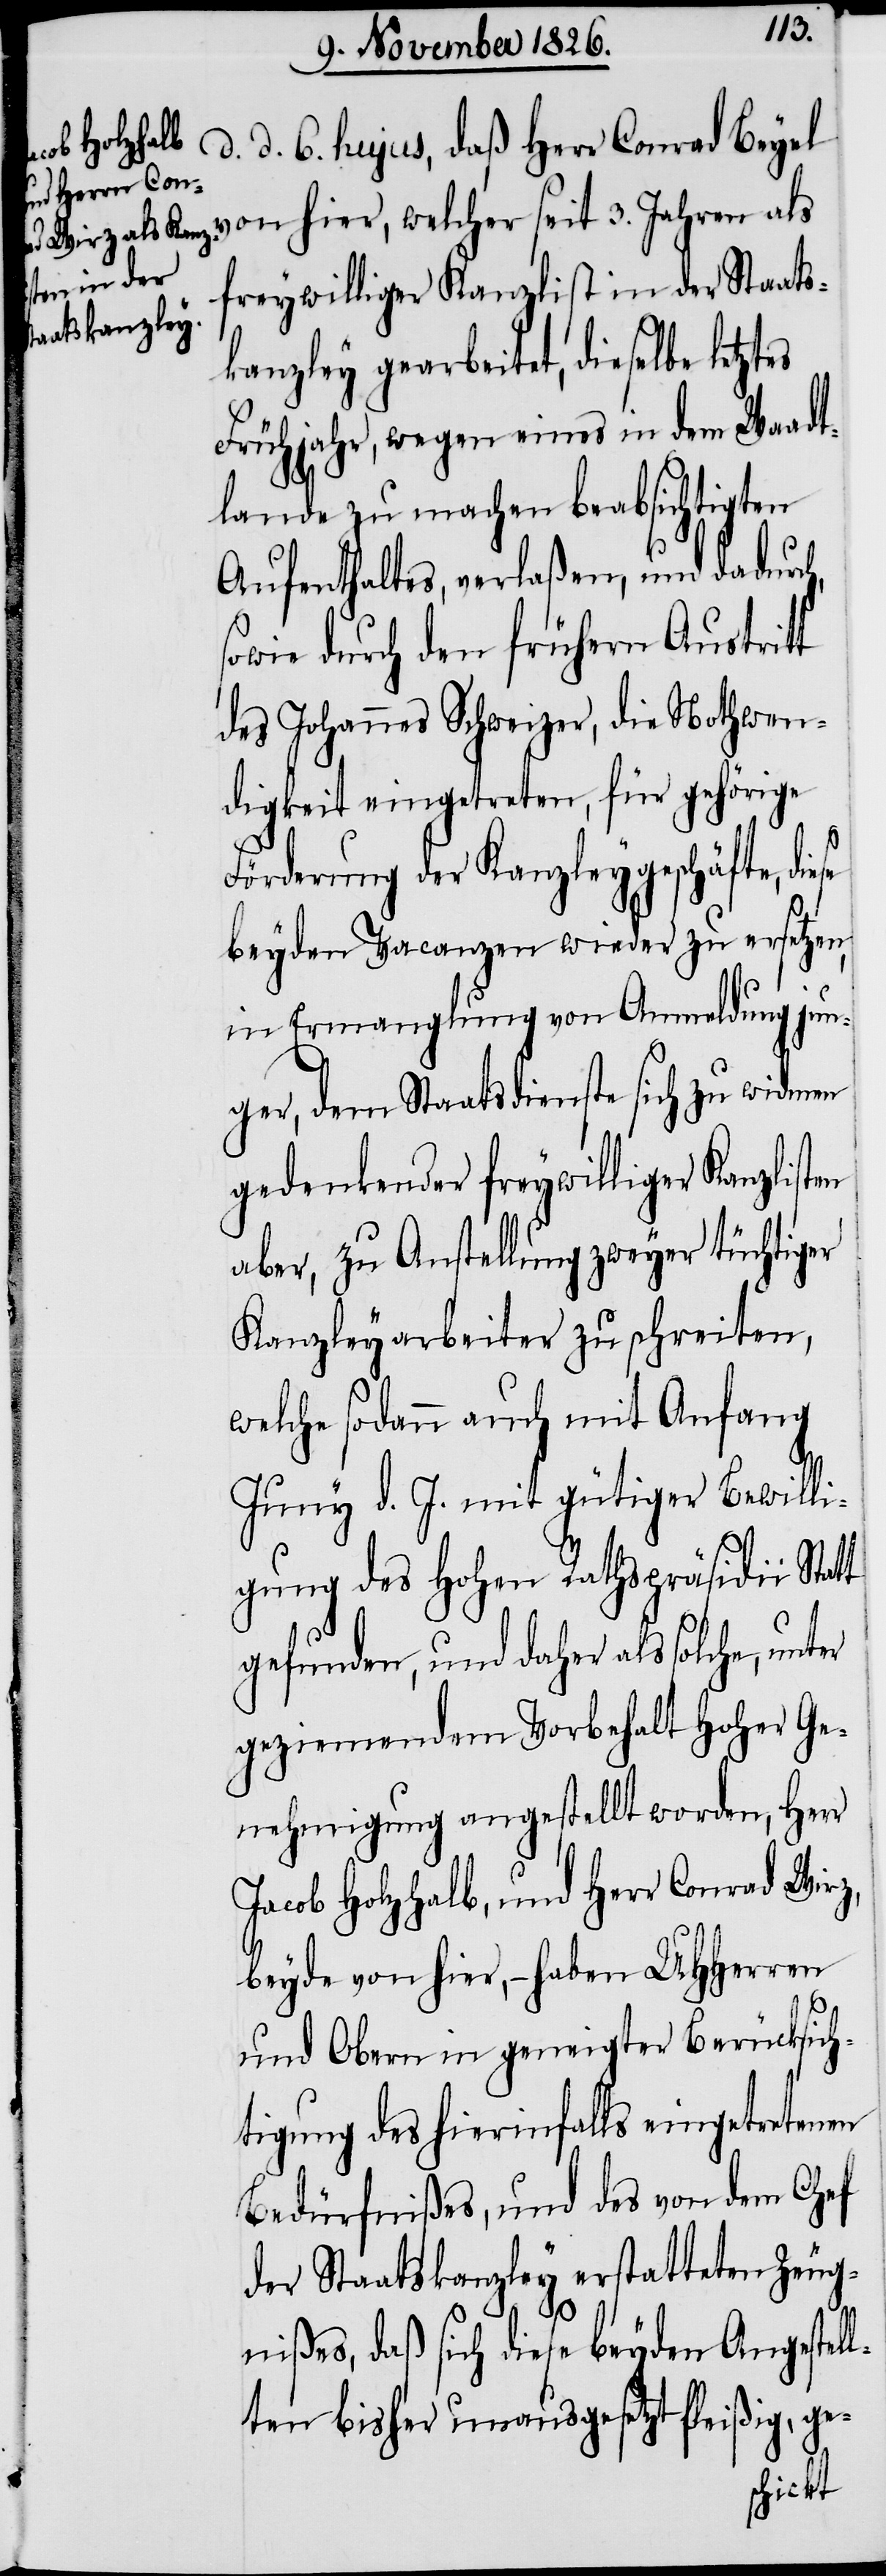
d. d. 6. hujus, daß Herr Conrad Beyel
von hier, welcher seit 3. Jahren als
freywilliger Kanzlist in der Staats¬
kanzley gearbeitet, dieselbe letztes
Frühjahr, wegen eines in dem Waadt¬
lande zu machen beabsichtigten
Aufenthaltes, verlaßen, und dadurch,
sowie durch den frühern Austritt
des Johannes Schweizer, die Nothwen¬
digkeit eingetreten, für gehörige
Förderung der Kanzleygeschäfte, die¬
beyden Vacanzen wieder zu ersetzen,
in Ermanglung von Anmeldung jun¬
ger, dem Staatsdienste sich zu widmen
gedenkender freywilliger Kanzlisten
aber, zu Anstellung zweyer tüchtiger
Kanzleyarbeiter zu schreiten,
welche sodann auch mit Anfang
Juny d. J. mit gütiger Bewilli¬
gung des hohen Rathspräsidii Statt
gefunden, und daher als solche, unter
geziemendem Vorbehalt hoher Ge¬
nehmigung angestellt worden, Herr
Jacob Holzhalb, und Herr Conrad Wirz,
beyde von hier, – haben UHHerren
und Obern in geneigter Berücksich¬
tigung des hierinfalls eingetretenen
Bedürfnißes, und des von dem Chef
der Staatskanzley erstatteten Zeug¬
se
nißes, daß sich diese beyden Angestel¬
lten bisher unausgesetzt fleißig, ge-